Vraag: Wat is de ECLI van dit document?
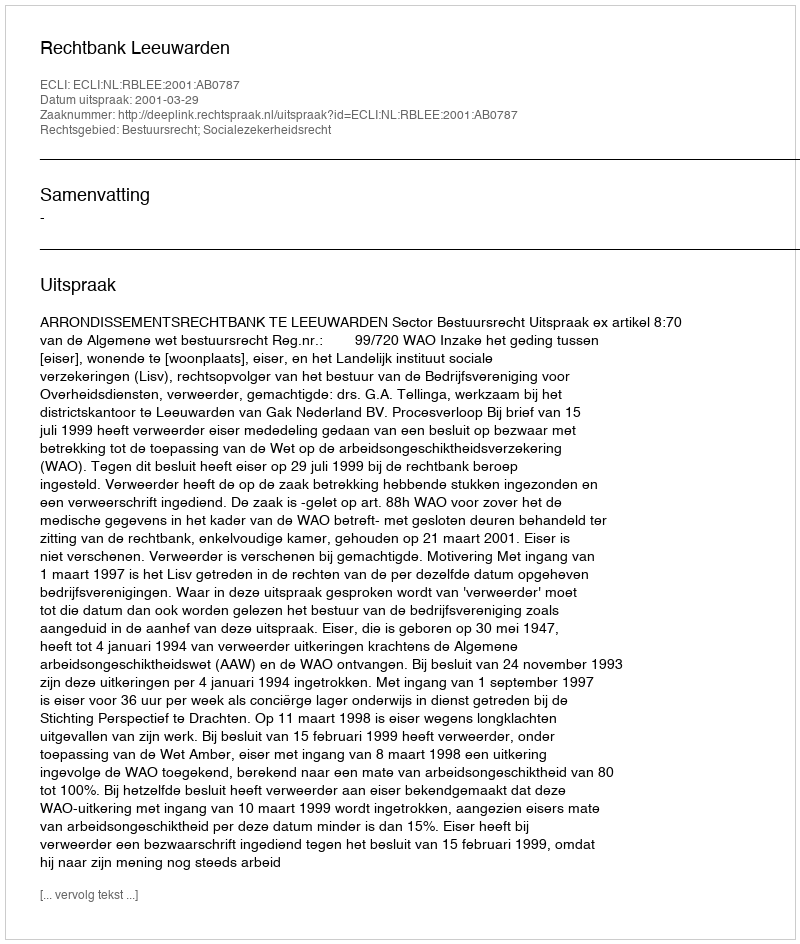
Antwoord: ECLI:NL:RBLEE:2001:AB0787